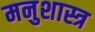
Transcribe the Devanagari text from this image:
मनुशास्त्र